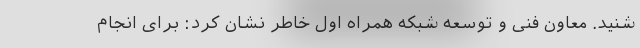
شنید. معاون فنی و توسعه شبکه همراه اول خاطر نشان کرد: برای انجام